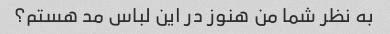
به نظر شما من هنوز در این لباس مد هستم؟